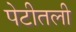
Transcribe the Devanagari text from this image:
पेटीतली